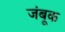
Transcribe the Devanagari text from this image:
जंबूक